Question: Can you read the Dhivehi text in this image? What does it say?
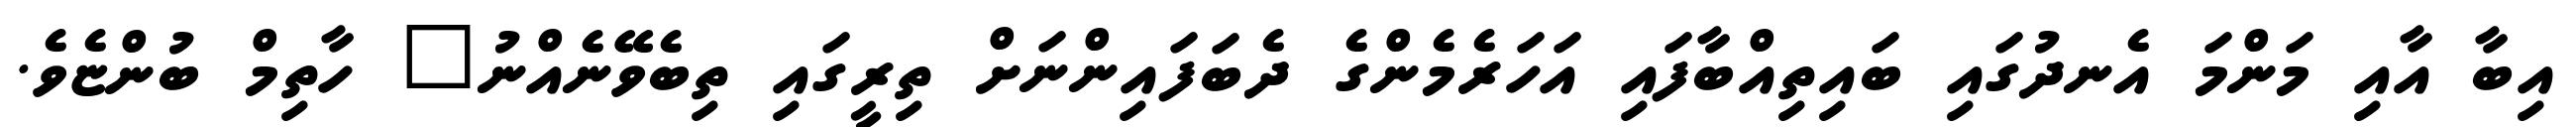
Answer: އިބާ އާއި މަންމަ އެނދުގައި ބައިތިއްބާފައި އަހަރެމެންގެ ދެބަފައިންނަށް ތިރީގައި ތިބެވޭނެއްނު" ހާތިމް ބުންޏެވެ.